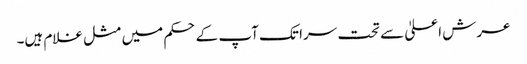
عرش اعلیٰ سے تحت سرا تک آپ کے حکم میں مثل غلام ہیں۔